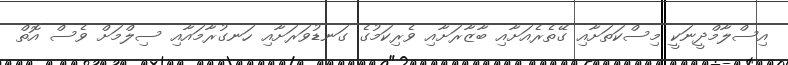
އިސްލާމްދީނަކީ މިސްކަތަށާއި ގޭތެރެއަށާއި ބާޒާރަށާއި ވެރިކަމުގެ ގަނޑުވަރަށާއި ހަނގުރާމައާއި ސިލްމަށް ވެސް އޮތް